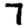
Digit: 7